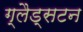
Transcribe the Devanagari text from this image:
ग्लैड्सटन